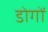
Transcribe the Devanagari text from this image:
डोगों